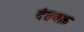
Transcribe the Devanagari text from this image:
दंतवक्र